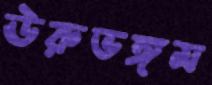
ঊরুভঙ্গম